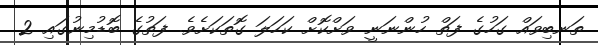
ތަނބިވައް ގަހުގެ ފަތް ހުންނަނީ ވަށްކޮށް ކަހަލަ ގޮތަކަށެވެ. ފަތުގެ ބޮޑުމިނުގައި 2